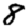
Digit: 8